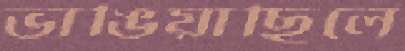
ভাঙিয়াছিলে